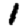
Digit: 1